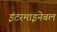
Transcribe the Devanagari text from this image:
इंटरमाइनेबल